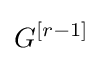
G^{\left[r-1\right]}